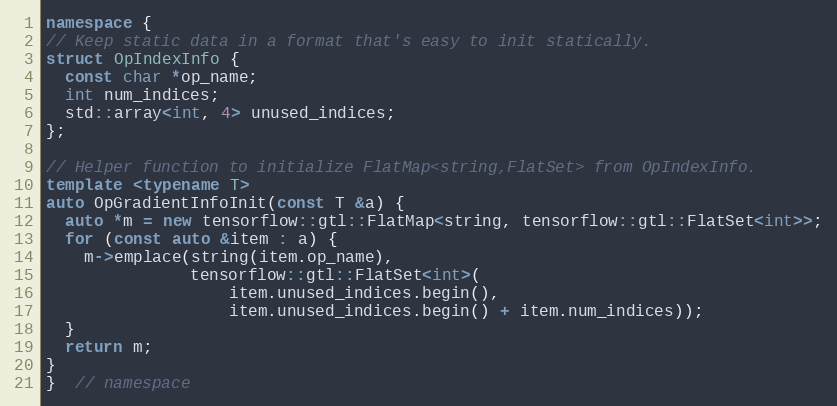
Language: C++
namespace {
// Keep static data in a format that's easy to init statically.
struct OpIndexInfo {
  const char *op_name;
  int num_indices;
  std::array<int, 4> unused_indices;
};

// Helper function to initialize FlatMap<string,FlatSet> from OpIndexInfo.
template <typename T>
auto OpGradientInfoInit(const T &a) {
  auto *m = new tensorflow::gtl::FlatMap<string, tensorflow::gtl::FlatSet<int>>;
  for (const auto &item : a) {
    m->emplace(string(item.op_name),
               tensorflow::gtl::FlatSet<int>(
                   item.unused_indices.begin(),
                   item.unused_indices.begin() + item.num_indices));
  }
  return m;
}
}  // namespace